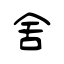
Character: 舍